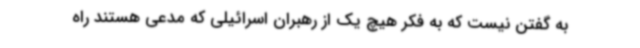
به گفتن نیست که به فکر هیچ یک از رهبران اسرائیلی که مدعی هستند راه